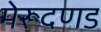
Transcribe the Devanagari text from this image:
मेरूदणड